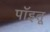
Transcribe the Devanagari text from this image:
पॉइतू